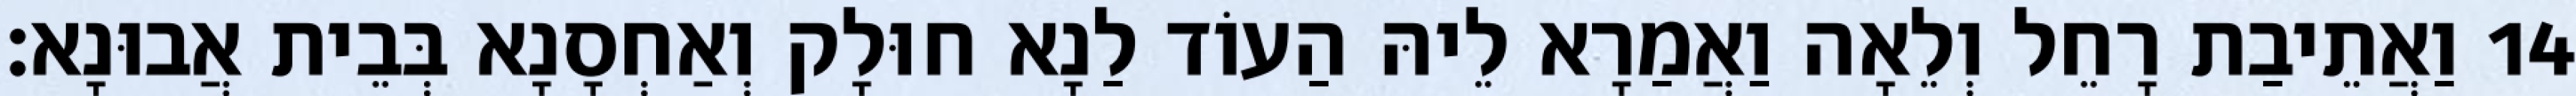
14 וַאֲתֵיבַת רָחֵל וְלֵאָה וַאֲמַרָא לֵיהּ הַעוֹד לַנָא חוּלָק וְאַחְסָנָא בְּבֵית אֲבוּנָא׃